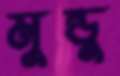
মুন্ডু